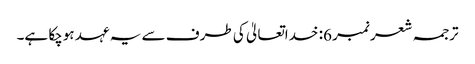
ترجمہ شعر نمبر 6: خداتعالیٰ کی طرف سے یہ عہد ہوچکا ہے۔